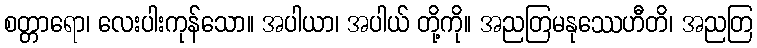
စတ္တာရော၊ လေးပါးကုန်သော။ အပါယာ၊ အပါယ် တို့ကို။ အညတြမနုဿေဟီတိ၊ အညတြ